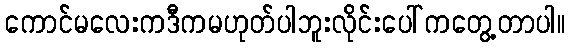
ကောင်မလေးကဒီကမဟုတ်ပါဘူးလိုင်းပေါ်ကတွေ့တာပါ။